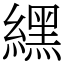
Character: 𦄿